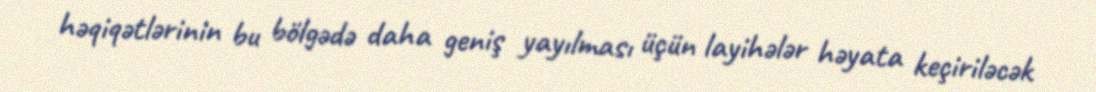
həqiqətlərinin bu bölgədə daha geniş yayılması üçün layihələr həyata keçiriləcək